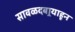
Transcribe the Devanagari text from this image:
सावळदबार्‍याहून